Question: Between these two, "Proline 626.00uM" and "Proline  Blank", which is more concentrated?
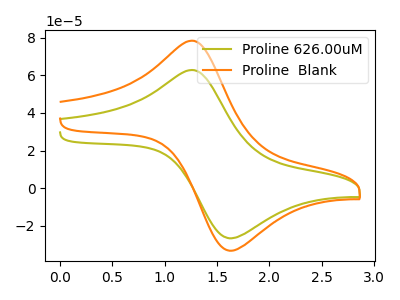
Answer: <think>The olive curve "Proline 626.00uM" has an anodic peak at (1.25V, 62.80uA) and a cathodic peak at (1.60V, -26.60uA). The orange curve "Proline  Blank" has an anodic peak at (1.25V, 78.40uA) and a cathodic peak at (1.60V, -33.20uA).
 All the peaks in "Proline 626.00uM" have a peak in "Proline  Blank" at the same potential. Every peak in "Proline 626.00uM" is lower than every peak in "Proline  Blank".</think>
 <answer>"Proline 626.00uM" has less signal than "Proline  Blank" and so likely has a lower concentration.</answer>
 <eval>less_concentration</eval>